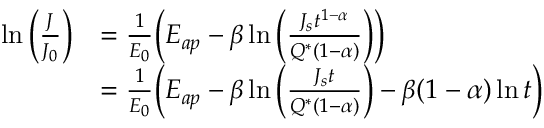
\begin{array} { r l } { \ln \Big ( \frac { J } { J _ { 0 } } \Big ) } & { = \frac { 1 } { E _ { 0 } } \Big ( E _ { a p } - \beta \ln \Big ( \frac { J _ { s } t ^ { 1 - \alpha } } { Q ^ { * } ( 1 - \alpha ) } \Big ) \Big ) } \\ & { = \frac { 1 } { E _ { 0 } } \Big ( E _ { a p } - \beta \ln \Big ( \frac { J _ { s } t } { Q ^ { * } ( 1 - \alpha ) } \Big ) - \beta ( 1 - \alpha ) \ln t \Big ) } \end{array}